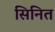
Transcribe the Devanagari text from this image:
सिनित